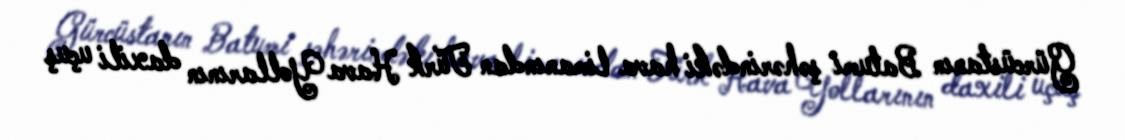
Gürcüstanın Batumi şəhərindəki hava limanından Türk Hava Yollarının daxili uçuş